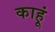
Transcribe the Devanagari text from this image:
काहूं